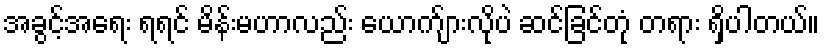
အခွင့်အရေး ရရင် မိန်းမဟာလည်း ယောက်ျားလိုပဲ ဆင်ခြင်တုံ တရား ရှိပါတယ်။